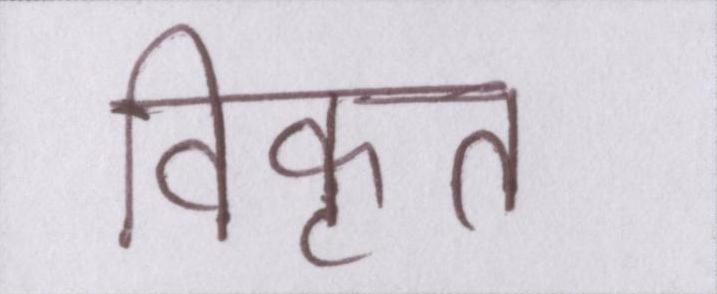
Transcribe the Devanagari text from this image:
विकृत